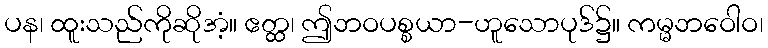
ပန၊ ထူးသည်ကိုဆိုအံ့။ ဧတ္ထ၊ ဤဘဝပစ္စယာ-ဟူသောပုဒ်၌။ ကမ္မဘဝေါဝ၊